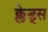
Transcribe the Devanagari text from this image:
क्लेड्स